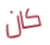
كان